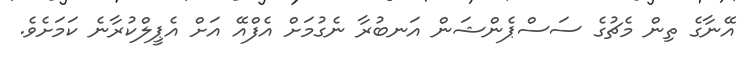
އޭނާގެ ތިން މެޗުގެ ސަސްޕެންޝަން އަނބުރާ ނެގުމަށް އެފްއޭ އަށް އެޕީލްކުރާނެ ކަމަށެވެ.